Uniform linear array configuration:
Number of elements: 32
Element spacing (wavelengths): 0.25
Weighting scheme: uniform
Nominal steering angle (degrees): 0
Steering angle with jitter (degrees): -1.983
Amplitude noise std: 0.05
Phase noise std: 0.05

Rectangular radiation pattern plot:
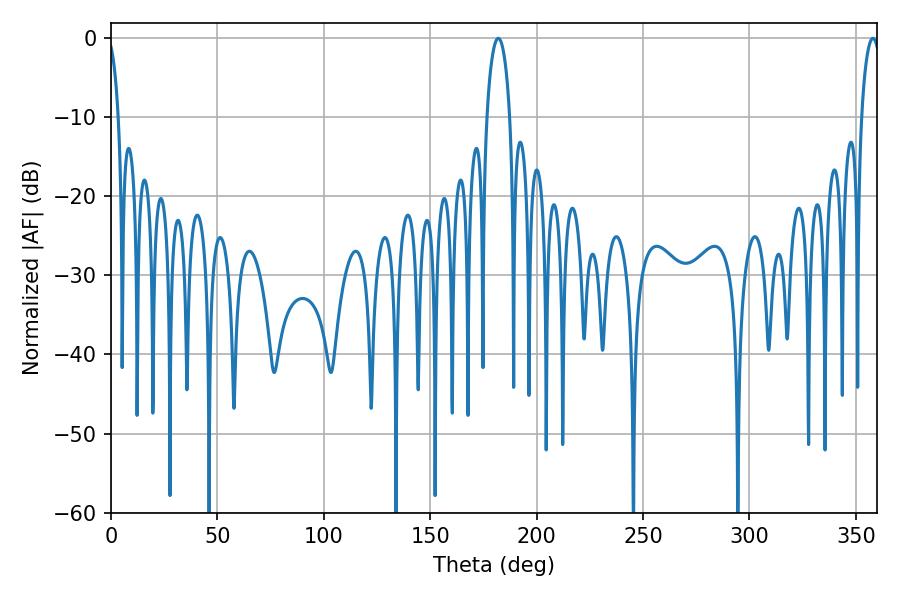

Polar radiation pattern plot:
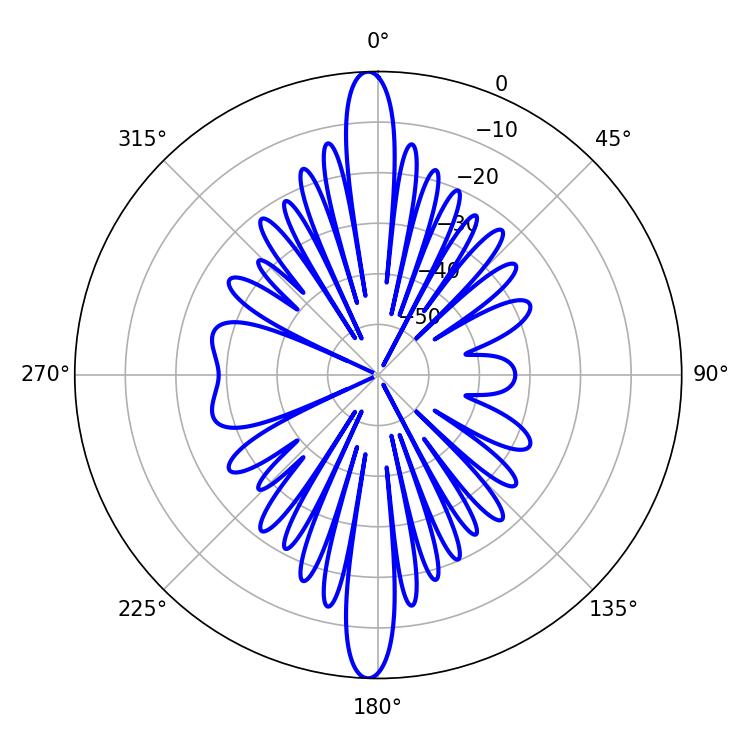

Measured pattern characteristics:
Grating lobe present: FALSE
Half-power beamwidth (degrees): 6.12
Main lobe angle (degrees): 181.98